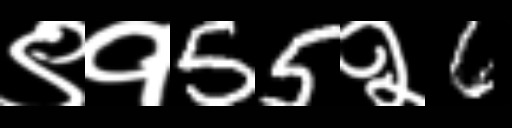
Text: ९१55२6